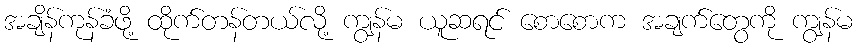
အချိန်ကုန်ခံဖို့ ထိုက်တန်တယ်လို့ ကျွန်မ ယူဆရင် စောစောက အချက်တွေကို ကျွန်မ